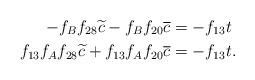
LaTeX: \begin{align*}-f_Bf_{28}\widetilde{c} -f_Bf_{20}\overline{c} &= -f_{13}t \\f_{13}f_Af_{28}\widetilde{c} + f_{13}f_Af_{20}\overline{c} &= -f_{13}t. \end{align*}